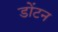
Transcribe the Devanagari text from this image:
डोंटन